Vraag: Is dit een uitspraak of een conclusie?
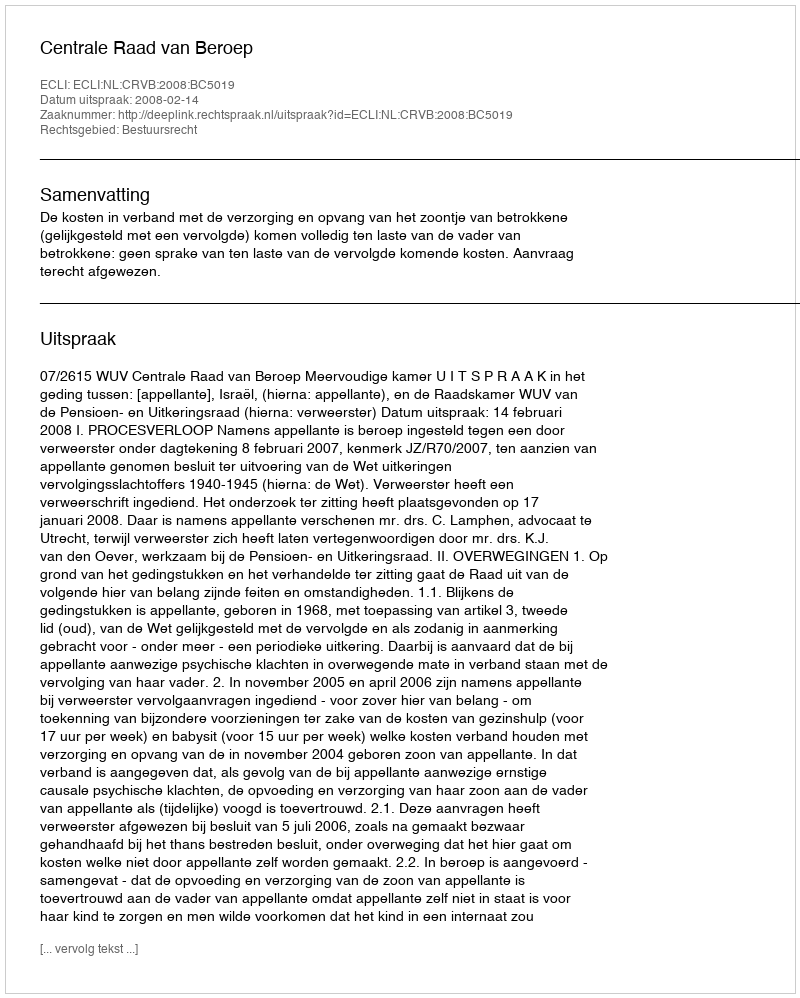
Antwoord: Uitspraak